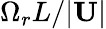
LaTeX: \Omega_{r}L/|\mathbf{U}|